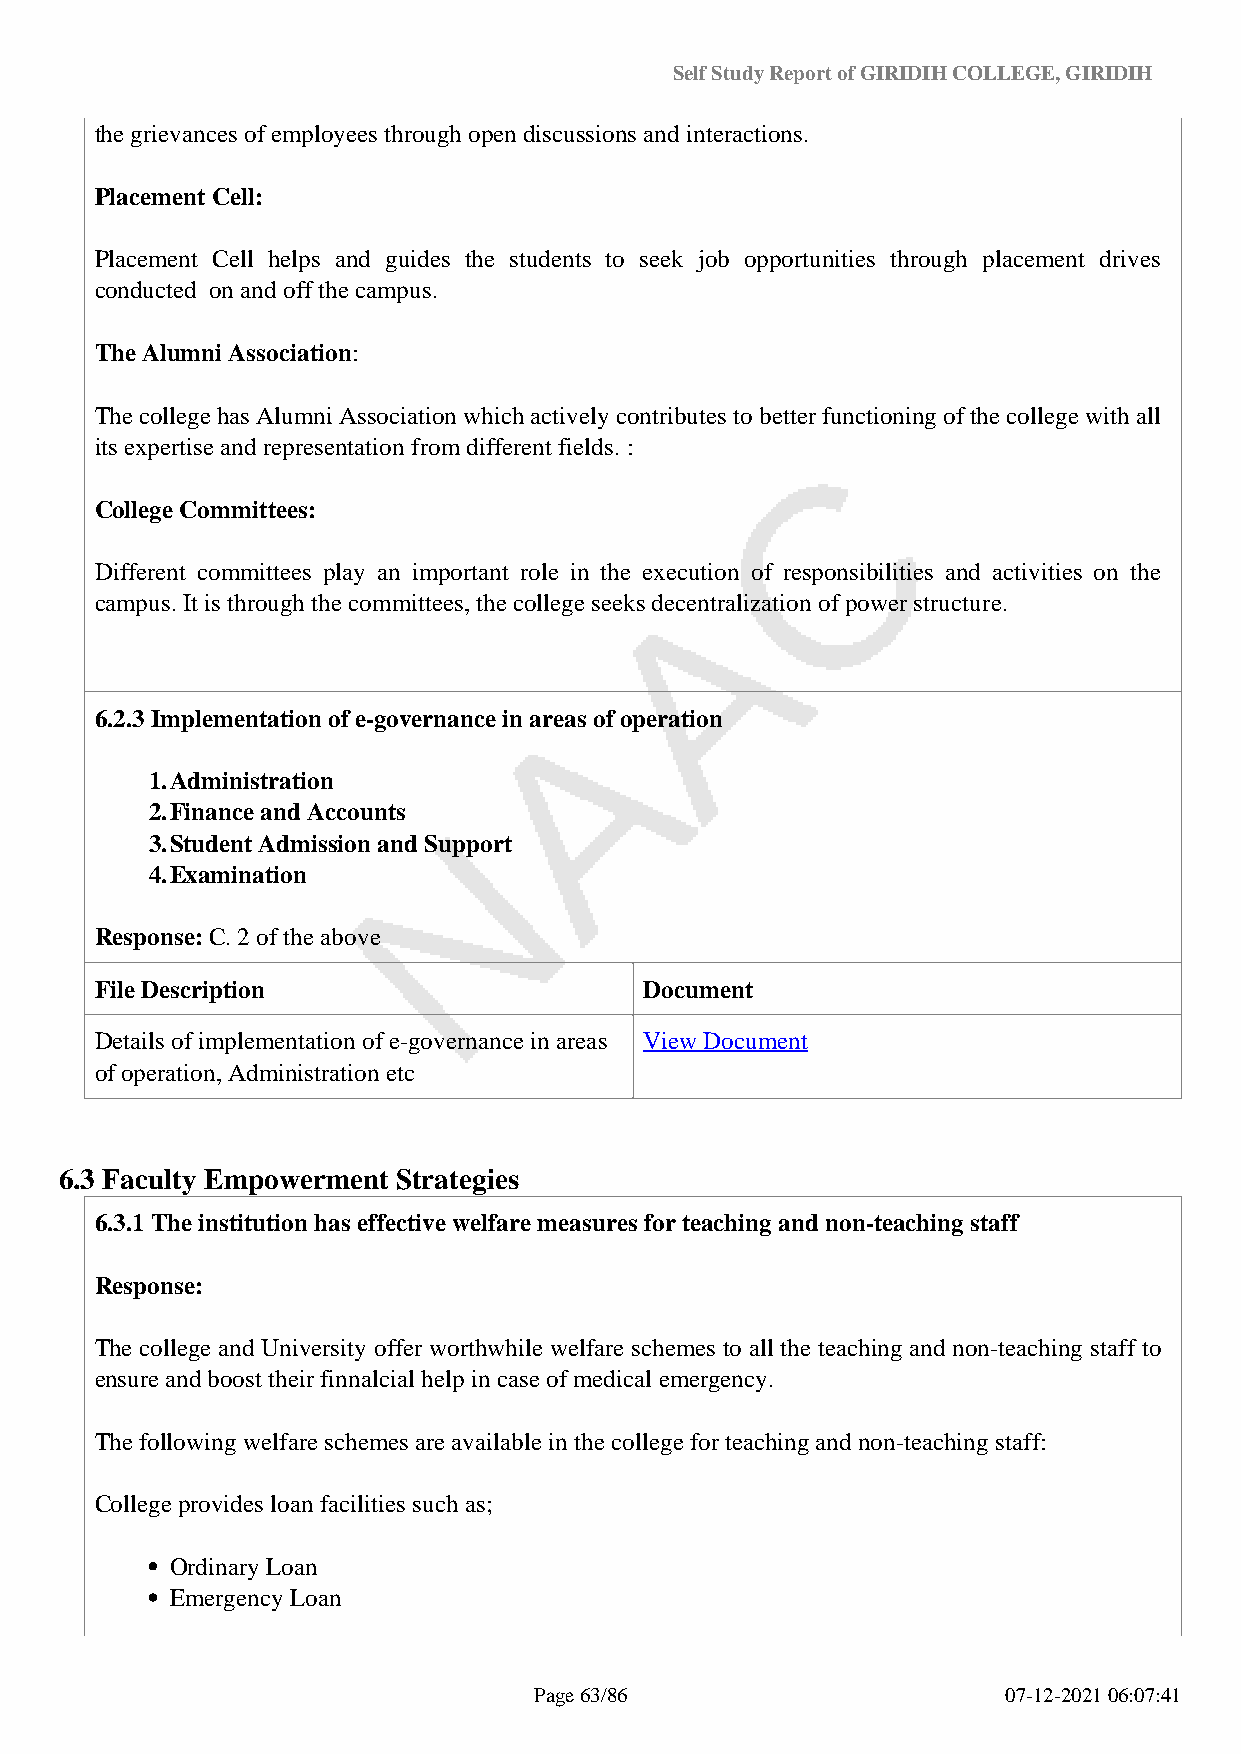
Self Study Report of GIRIDIH COLLEGE, GIRIDIH
 the grievances of employees through open discussions and interactions.
 Placement Cell:
 Placement Cell helps and guides the students to seek job opportunities through placement drives
 conducted on and off the campus.
 The Alumni Association:
 The college has Alumni Association which actively contributes to better functioning of the college with all
 its expertise and representation from different fields. :
 College Committees:
 Different committees play an important role in the execution of responsibilities and activities on the
 campus. It is through the committees, the college seeks decentralization of power structure.
 6.2.3 Implementation of e-governance in areas of operation
 1.Administration
 2.Finance and Accounts
 3.Student Admission and Support
 4.Examination
 Response: C. 2 of the above
 File Description                     Document
 Details of implementation of e-governance in areas View Document
 of operation, Administration etc
 6.3 Faculty Empowerment Strategies
 6.3.1 The institution has effective welfare measures for teaching and non-teaching staff
 Response:
 The college and University offer worthwhile welfare schemes to all the teaching and non-teaching staff to
 ensure and boost their finnalcial help in case of medical emergency.
 The following welfare schemes are available in the college for teaching and non-teaching staff:
 College provides loan facilities such as;
 Ordinary Loan
 Emergency Loan
 Page 63/86                      07-12-2021 06:07:41